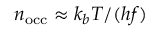
n _ { \mathrm { o c c } } \approx k _ { b } T / ( h f )